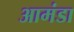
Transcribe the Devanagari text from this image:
आमंडा